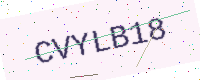
Text: CVYLB18